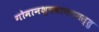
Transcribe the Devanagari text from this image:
गोमानश्ववानयमस्तु